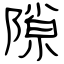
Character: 隙